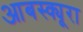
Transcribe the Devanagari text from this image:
आबस्क्यूरा